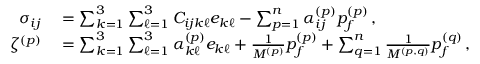
\begin{array} { r l } { \sigma _ { i j } } & { { } = \sum _ { k = 1 } ^ { 3 } \sum _ { \ell = 1 } ^ { 3 } C _ { i j k \ell } e _ { k \ell } - \sum _ { p = 1 } ^ { n } \alpha _ { i j } ^ { ( p ) } p _ { f } ^ { ( p ) } \, , } \\ { \zeta ^ { ( p ) } } & { { } = \sum _ { k = 1 } ^ { 3 } \sum _ { \ell = 1 } ^ { 3 } \alpha _ { k \ell } ^ { ( p ) } e _ { k \ell } + \frac { 1 } { M ^ { ( p ) } } p _ { f } ^ { ( p ) } + \sum _ { q = 1 } ^ { n } \frac { 1 } { M ^ { ( p , q ) } } p _ { f } ^ { ( q ) } \, , } \end{array}